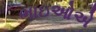
ભાઇઓએ